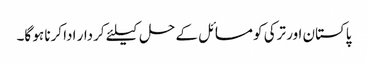
پاکستان اور ترکی کو مسائل کے حل کیلئے کردار ادا کرنا ہو گا۔